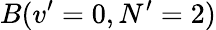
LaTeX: B(v^{\prime}=0,N^{\prime}=2)